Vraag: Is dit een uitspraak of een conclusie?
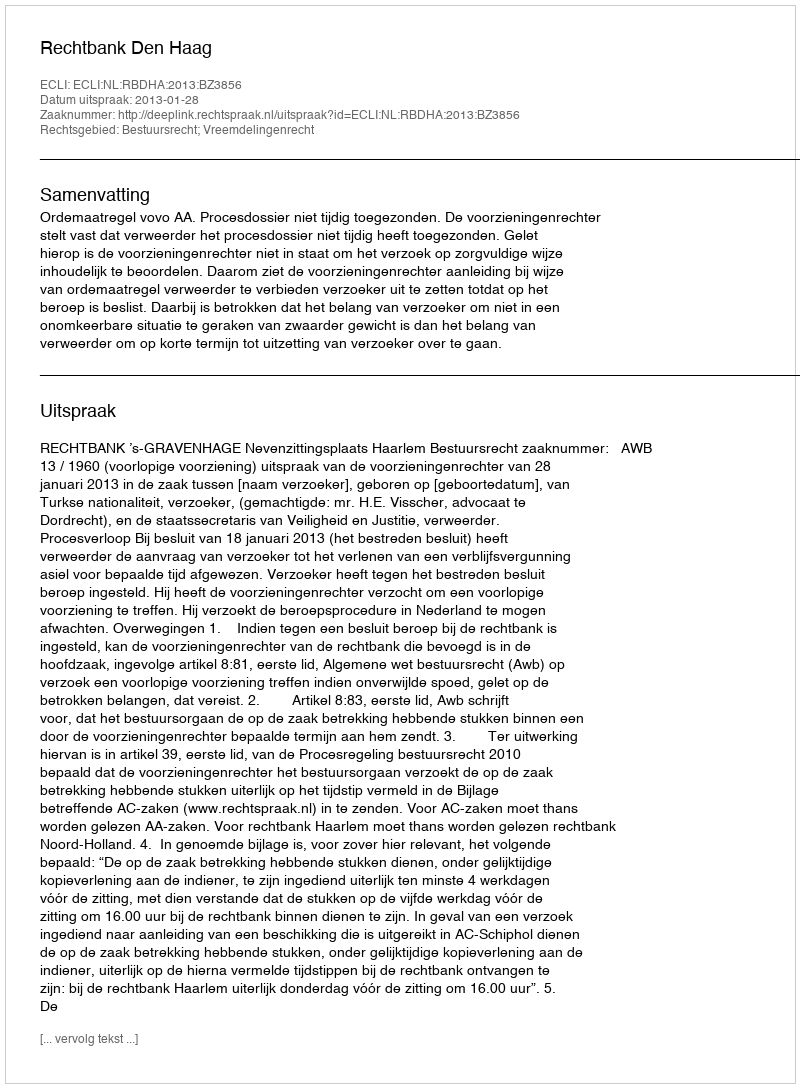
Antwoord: Uitspraak